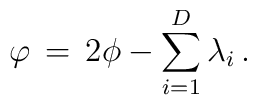
\varphi \, = \, 2 \phi - \sum_{i = 1}^{D} \lambda_i \, .